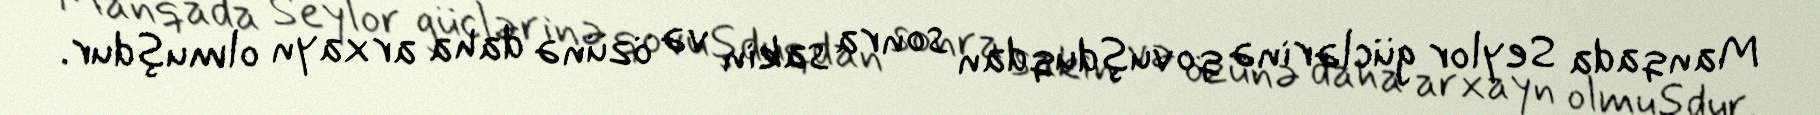
Manqada Seylor güclərinə qovuşduqdan sonra sakin və özünə daha arxayn olmuşdur.